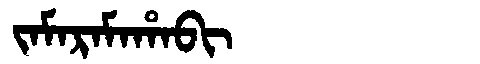
Manchu: ᠵᠠᠮᠠᡵᠠᠮᠠᡥᠠᠪᡳ
Romanization: JAMARAMAHABI